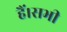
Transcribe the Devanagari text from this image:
हैं।सभी